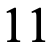
11